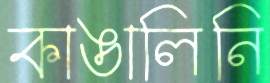
কাঙালিনি